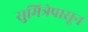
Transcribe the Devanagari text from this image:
सुमित्रेपासून